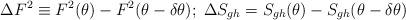
LaTeX: \begin{align*}\Delta F^{2}\equiv F^{2}(\theta )-F^{2}(\theta -\delta \theta );\; \Delta S_{gh}=S_{gh}(\theta )-S_{gh}(\theta -\delta \theta )\end{align*}